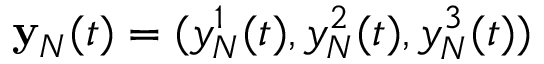
{ \bf y } _ { N } ( t ) = ( y _ { N } ^ { 1 } ( t ) , y _ { N } ^ { 2 } ( t ) , y _ { N } ^ { 3 } ( t ) )